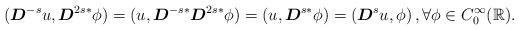
LaTeX: \begin{align*}(\boldsymbol{D}^{-s}u, \boldsymbol{D}^{2s*}\phi)=(u, \boldsymbol{D}^{-s*}\boldsymbol{D}^{2s*}\phi)=(u,\boldsymbol{D}^{s*}\phi)=(\boldsymbol{D}^{s}u, \phi)\,, \forall \phi \in C_0^\infty(\mathbb{R}).\end{align*}